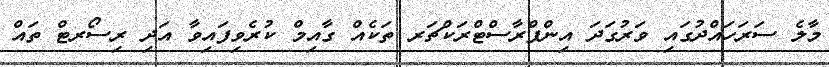
މާލެ ސަރަހައްދުގައި ވަރުގަދަ އިންފްރާސްޓްރަކްޗަރ ތަކެއް ގާއިމް ކުރެވިފައިވާ އަދި ރިސޯރޓް ތައް